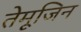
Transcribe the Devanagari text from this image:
तेमूजिन